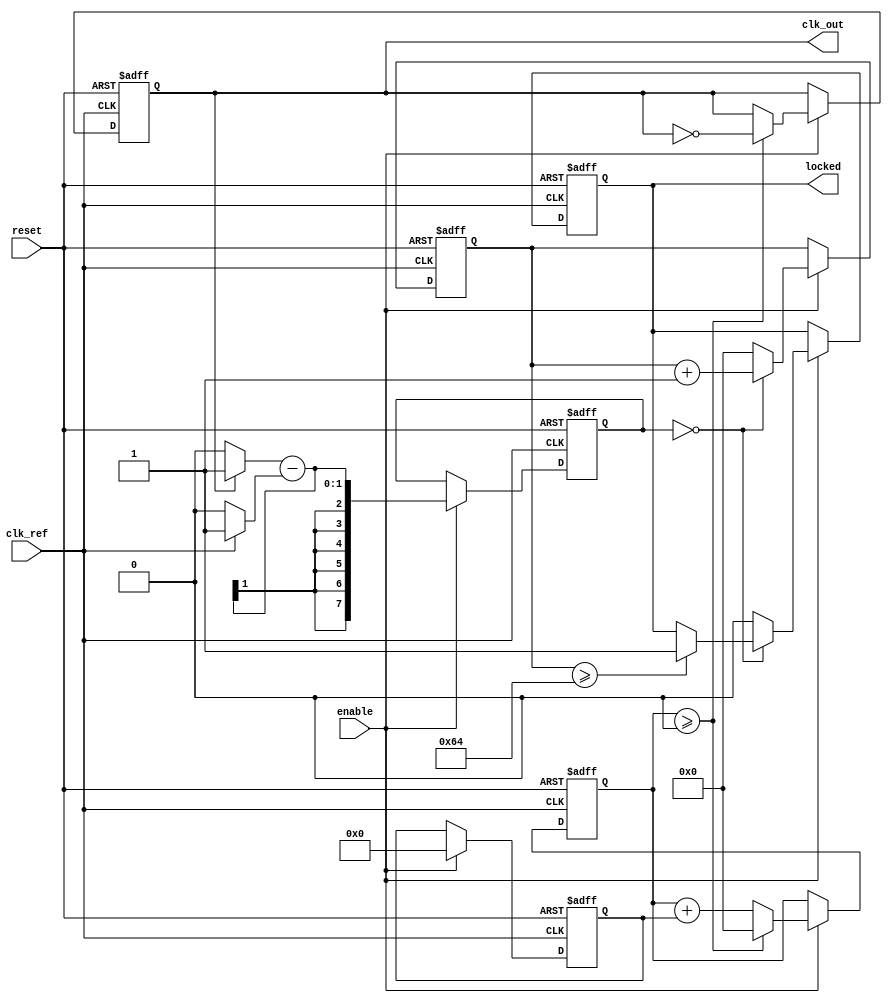
module parameterized_PLL #(
    parameter F_ref = 50_000_000,  // Reference frequency in Hz
    parameter F_out = 100_000_000,  // Desired output frequency in Hz
    parameter PHASE_RESOLUTION = 8, // Phase resolution
    parameter LOCK_TIME = 100,       // Lock time in clock cycles
    parameter LOOP_BANDWIDTH = 10    // Loop bandwidth in Hz
)(
    input wire clk_ref,              // Input reference clock signal
    input wire reset,                // Asynchronous reset signal
    input wire enable,               // Control signal to enable/disable PLL
    output reg clk_out,              // Output clock signal
    output reg locked                // Status signal indicating lock status
);

    // Internal signals
    reg [PHASE_RESOLUTION-1:0] phase_error; // Phase error from phase detector
    reg [PHASE_RESOLUTION-1:0] control_voltage; // Control voltage for VCO
    reg [31:0] vco_counter;          // VCO counter for generating clk_out
    reg [31:0] lock_counter;         // Counter for lock detection

    // Phase Detector (PD)
    always @(posedge clk_ref or posedge reset) begin
        if (reset) begin
            phase_error <= 0;
        end else if (enable) begin
            // Simple phase detector logic (for demonstration)
            // Here we assume clk_out is generated and we compare it with clk_ref
            phase_error <= (clk_out ? 1 : 0) - (clk_ref ? 1 : 0);
        end
    end

    // Loop Filter (LF)
    always @(posedge clk_ref or posedge reset) begin
        if (reset) begin
            control_voltage <= 0;
        end else if (enable) begin
            // Simple proportional control for demonstration
            control_voltage <= control_voltage + phase_error;
            // Apply loop bandwidth scaling
            control_voltage <= control_voltage >> LOOP_BANDWIDTH;
        end
    end

    // Voltage-Controlled Oscillator (VCO)
    always @(posedge clk_ref or posedge reset) begin
        if (reset) begin
            vco_counter <= 0;
            clk_out <= 0;
            locked <= 0;
            lock_counter <= 0;
        end else if (enable) begin
            // VCO frequency adjustment based on control voltage
            vco_counter <= vco_counter + control_voltage;
            if (vco_counter >= (F_ref / F_out)) begin
                clk_out <= ~clk_out; // Toggle output clock
                vco_counter <= 0;
            end

            // Lock detection logic
            if (phase_error == 0) begin
                lock_counter <= lock_counter + 1;
                if (lock_counter >= LOCK_TIME) begin
                    locked <= 1; // PLL is locked
                end
            end else begin
                lock_counter <= 0; // Reset lock counter if phase error exists
                locked <= 0; // PLL is not locked
            end
        end
    end

endmodule